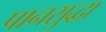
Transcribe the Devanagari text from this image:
पानसुद्धा